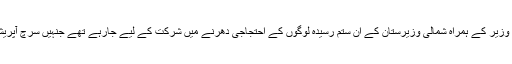
محسن بتارہے تھے کہ ”پچیس جولائی کو وہ علی وزیر کے ہمراہ شمالی وزیرستان کے ان ستم رسیدہ لوگوں کے احتجاجی دھرنے میں شرکت کے لیے جارہے تھے جنہیں سرچ آپریشن کے نام پر سیکورٹی فورسز نے دق کیاہوا تھا۔